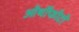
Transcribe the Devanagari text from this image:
ओर्थोफोटो